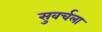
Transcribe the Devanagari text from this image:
सुवर्चला